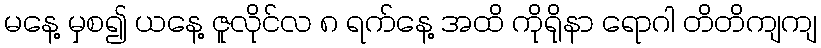
မနေ့ မှစ၍ ယနေ့ ဇူလိုင်လ ၈ ရက်နေ့ အထိ ကိုရိုနာ ရောဂါ တိတိကျကျ